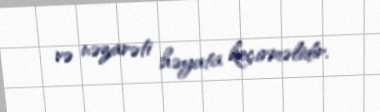
və nəzarəti həyata keçirməlidir.